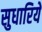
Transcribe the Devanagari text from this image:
सुधारिये